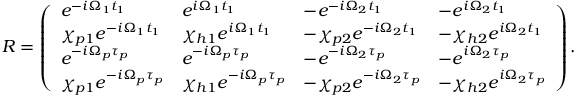
\begin{array} { r } { R = \left( \begin{array} { l l l l } { e ^ { - i \Omega _ { 1 } t _ { 1 } } } & { e ^ { i \Omega _ { 1 } t _ { 1 } } } & { - e ^ { - i \Omega _ { 2 } t _ { 1 } } } & { - e ^ { i \Omega _ { 2 } t _ { 1 } } } \\ { \chi _ { p 1 } e ^ { - i \Omega _ { 1 } t _ { 1 } } } & { \chi _ { h 1 } e ^ { i \Omega _ { 1 } t _ { 1 } } } & { - \chi _ { p 2 } e ^ { - i \Omega _ { 2 } t _ { 1 } } } & { - \chi _ { h 2 } e ^ { i \Omega _ { 2 } t _ { 1 } } } \\ { e ^ { - i \Omega _ { p } \tau _ { p } } } & { e ^ { - i \Omega _ { p } \tau _ { p } } } & { - e ^ { - i \Omega _ { 2 } \tau _ { p } } } & { - e ^ { i \Omega _ { 2 } \tau _ { p } } } \\ { \chi _ { p 1 } e ^ { - i \Omega _ { p } \tau _ { p } } } & { \chi _ { h 1 } e ^ { - i \Omega _ { p } \tau _ { p } } } & { - \chi _ { p 2 } e ^ { - i \Omega _ { 2 } \tau _ { p } } } & { - \chi _ { h 2 } e ^ { i \Omega _ { 2 } \tau _ { p } } } \end{array} \right) . } \end{array}